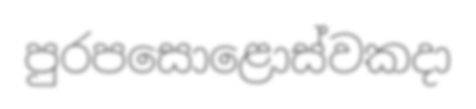
පුරපසොළොස්වකදා